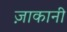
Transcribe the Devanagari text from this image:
ज़ाकानी